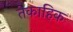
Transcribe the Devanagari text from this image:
तेकाहिक